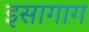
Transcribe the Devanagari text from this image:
इसागाग